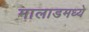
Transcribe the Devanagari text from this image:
मालाडमध्ये